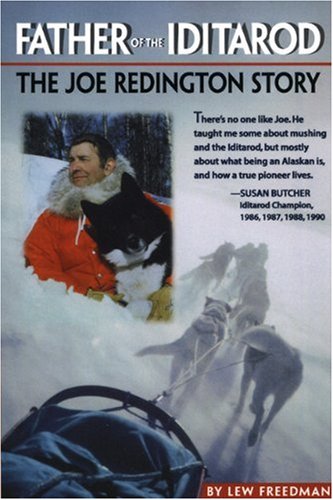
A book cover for Father of the Iditarod - The Joe Reddington Story; Lew Freedman; Sports & Outdoors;